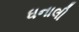
ધનાલી